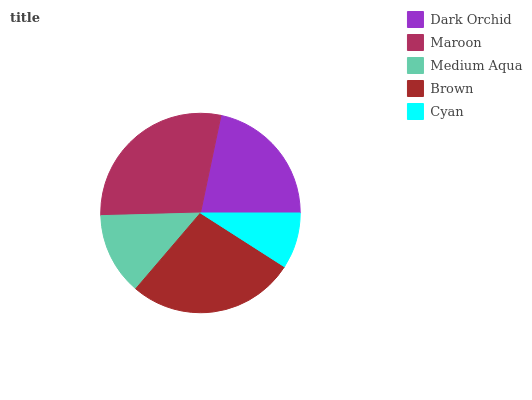
| Dark Orchid | Maroon | Medium Aqua | Brown | Cyan |
 | --- | --- | --- | --- | --- |
 | 21.7% | 28.7% | 13.3% | 27.2% | 9.08% |